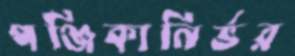
পঞ্জিকানির্ভর